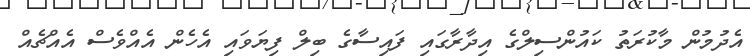
އެދުމުން މާކުރަތު ކައުންސިލްގެ އިދާރާގައި ފައިސާގެ ބިލް ފިޔަވައި އެހެން އެއްވެސް އެއްޗެއް